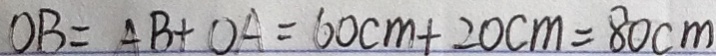
O B = A B + O A = 6 0 c m + 2 0 c m = 8 0 c m